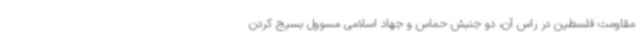
مقاومت فلسطین در راس آن، دو جنبش حماس و جهاد اسلامی مسوول بسیج کردن